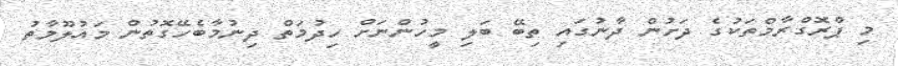
މި ޕްރޮގްރާމްތަކުގެ ދަށުން ދާނުގައި ތިބޭ ބަލި މީހުންނަށް ހިދުމަތް ދިނުމާބެހޭގޮތުން މައުލޫމާތު